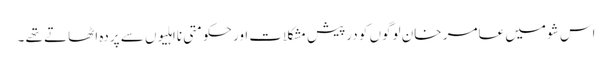
اس شو میں عامر خان لوگوں کو درپیش مشکلات اور حکومتی نااہلیوں سے پردہ اٹھاتے تھے ۔